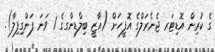
ގެ ކުރިން އޮޑިޓަރ ޖެނެރަލްގެ އޮފީހަށް (ޣާޒީ ބިލްޑިންގގެ 1 ވަނަ ފަންގިފިލާ).